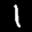
Label: 1